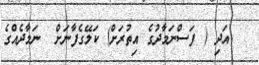
އަދި ( ފަސްނަމާދުގެ އިތުރަށް) ކަލޭގެފާނަށް  ނަމާދެއްގެ